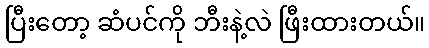
ပြီးတော့ ဆံပင်ကို ဘီးနဲ့လဲ ဖြီးထားတယ်။